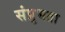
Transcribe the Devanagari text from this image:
संप्रुभता